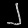
Digit: ၂